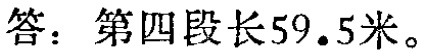
答：第四段长59.5米。